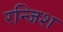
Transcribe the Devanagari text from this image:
रन्जिश